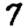
Digit: 7